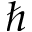
\hbar